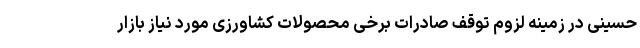
حسینی در زمینه لزوم توقف صادرات برخی محصولات کشاورزی مورد نیاز بازار